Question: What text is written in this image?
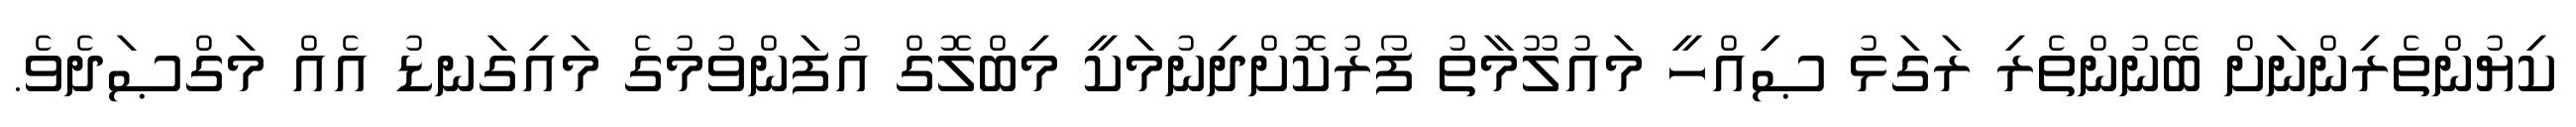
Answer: ކިޔުންތެރިންނަށް ބޭނުންތެރި ރަގަޅު ޞިއްހީ މައުލޫމާތު ފޯރުކޮށްދިނުމަކީ މިބްލޮގް އުފަންވުމުގެ މައިގަނޑު އެއް މަގްޞަދެވެ.